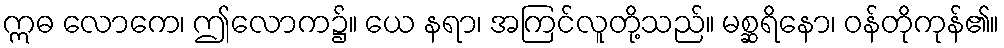
ဣဓ လောကေ၊ ဤလောက၌။ ယေ နရာ၊ အကြင်လူတို့သည်။ မစ္ဆရိနော၊ ဝန်တိုကုန်၏။